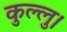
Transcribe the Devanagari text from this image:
कुल्‍लु।